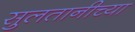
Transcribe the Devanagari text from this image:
सुलतानीच्या